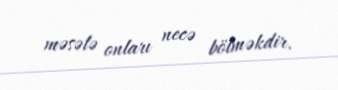
məsələ onları necə bölməkdir.